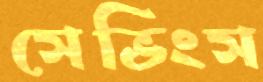
সেভিংস